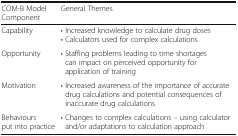
<table><thead><tr><td><b>COM-B Model Component</b></td><td><b>General Themes</b></td></tr></thead><tbody><tr><td>Capability</td><td>• Increased knowledge to calculate drug doses• Calculators used for complex calculations</td></tr><tr><td>Opportunity</td><td>• Staffing problems leading to time shortages can impact on perceived opportunity for application of training</td></tr><tr><td>Motivation</td><td>• Increased awareness of the importance of accurate drug calculations and potential consequences of inaccurate drug calculations</td></tr><tr><td>Behaviours put into practice</td><td>• Changes to complex calculations – using calculator and/or adaptations to calculation approach</td></tr></tbody></table>